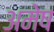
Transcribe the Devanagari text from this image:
अमेष